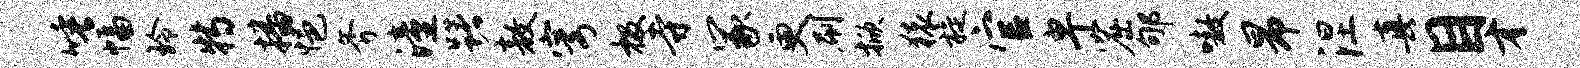
唾幅玲特播悒斧潼躇敖穹极寺冢更刷掀猿旋官卑窟郇嗷昂涅真目才